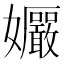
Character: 𫲠